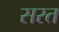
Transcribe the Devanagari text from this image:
सरत